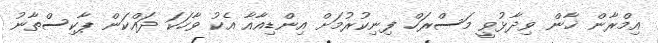
އިމްރާން ޚާން ވިދާޅުވީ މަސްރަހް ފިނިކުރުމަށް އިންޑިއާއާ އެކު ވާހަކަ ދައްކަން ޕާކިސްތާނު